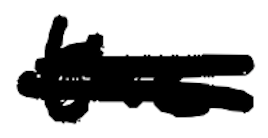
Text: the
Cross-out: double-line
Writing tool: digital_black